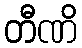
တီဏိ